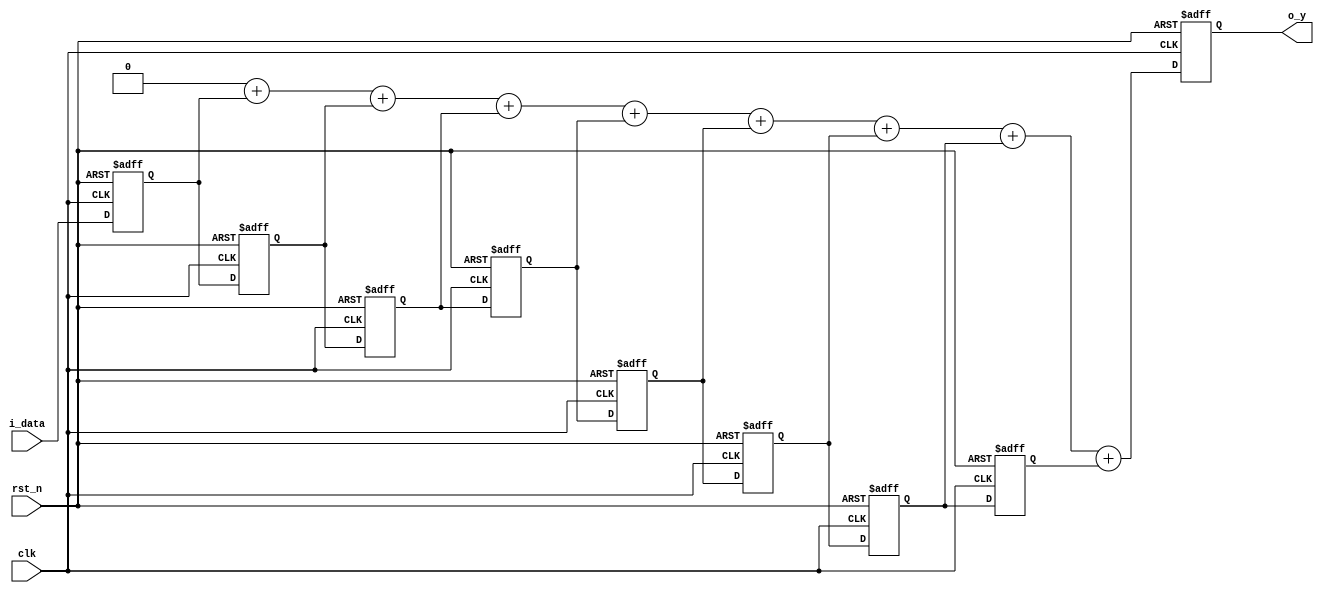
// --------------------------------------------------------------------
// >>>>>>>>>>>>>>>>>>>>>>>>> COPYRIGHT NOTICE <<<<<<<<<<<<<<<<<<<<<<<<<
// --------------------------------------------------------------------
// Github: https://github.com/halftop
// Description: 
// Dependencies: 
// LastEditors: halftop
// Since: 2019-05-09 10:30:00
// LastEditTime: 2019-05-09 15:58:20
// ********************************************************************
// Module Function:
`timescale 1ns / 1ps

module test43
#(
    parameter WIDTH	= 8 ,
                DEPTH = 8   ,
                YWD = WIDTH+clogb2(DEPTH)
)
(
    input					clk			,
    input					rst_n		,
    input       [WIDTH-1:0] i_data      ,
    output  reg [YWD-1:0]   o_y 
);

reg     [WIDTH-1:0]     data_r      [DEPTH-1:0];

integer i;
always @(posedge clk or negedge rst_n) begin
    if (!rst_n) begin
        for ( i=0 ;i<DEPTH ;i=i+1 ) begin
            data_r[i] <= 'd0;
        end
    end else begin
        data_r[0] <= i_data;
        for ( i=1 ;i<DEPTH ;i=i+1 ) begin
            data_r[i] <= data_r[i-1];
        end
    end
end

reg     [YWD-1:0] sum_comb;
always @(*) begin
    sum_comb = 'd0;
    for ( i=0 ;i<DEPTH ; i=i+1) begin
        sum_comb = sum_comb + data_r[i];
    end
end

always @(posedge clk or negedge rst_n) begin
    if (!rst_n) begin
        o_y <= 'd0;
    end else begin
        o_y <= sum_comb;
    end
end

function integer clogb2 (input integer depth);
    begin
        for(clogb2=0; depth>1; clogb2=clogb2+1)
        depth = depth >> 1;
    end
endfunction
endmodule